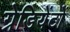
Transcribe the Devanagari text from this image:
ग्रेडियेंटों